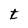
Character: t